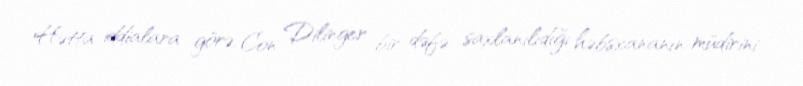
Hətta iddialara görə, Con Dilinger bir dəfə saxlanılıdığı həbsxananın müdirini